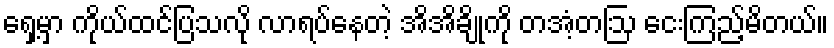
ရှေ့မှာ ကိုယ်ထင်ပြသလို လာရပ်နေတဲ့ အိအိချိုကို တအံ့တဩ ငေးကြည့်မိတယ်။